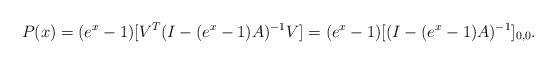
LaTeX: \begin{align*}P(x) = (e^x - 1) [V^T (I - (e^x - 1)A)^{-1} V] = (e^x - 1) [(I - (e^x - 1)A)^{-1}]_{0,0}.\end{align*}